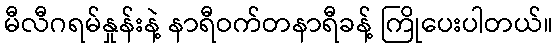
မီလီဂရမ်နှုန်းနဲ့ နာရီဝက်တနာရီခန့် ကြိုပေးပါတယ်။